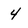
Character: 4